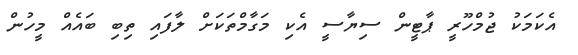
އެކަމަކު ޖުމްހޫރީ ޕާޓީން ސިޔާސީ އެކި މަގާމްތަކަށް ލާފައި ތިބި ބައެއް މީހުން